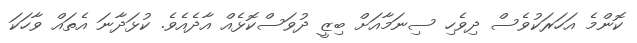
ކޮންމެ އަހަރަކުވެސް ދިވެހި ސިނަމާއަށް ބިޒީ ދުވަސްކޮޅެއް އާދެއެވެ. ކުޅަދާނަ އެތައް ވާހަކަ